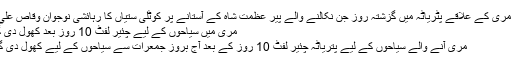
نیو مری کے علاقے پٹریاٹہ ميں گزشتہ روز جن نکالنے والے پیر عظمت شاہ کے آستانے پر کوٹلی ستیاں کا رہائشی نوجوان وقاص علي…
مری میں سیاحوں کے لیے چئیر لفٹ 10 روز بعد کھول دی گئی
مری آنے والے سیاحوں کے لیے پتریاٹہ چئیر لفٹ 10 روز کے بعد آج بروز جمعرات سے سیاحوں کے لیے کھول دی گئی۔